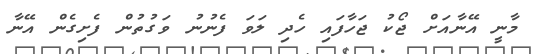
މާނީ އޭނާއަށް ޖޯކު ޖަހާފައި ހެދި ލަވަ ފެނުނު ވަގުތުން ފެށިގެން އޭނާ